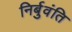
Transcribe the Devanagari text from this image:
निर्बुवंति